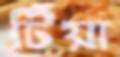
টিঁয়া